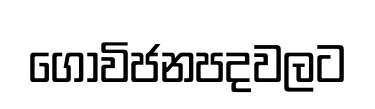
ගොවිජනපදවලට